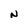
Character: N